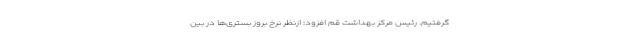
گرفتیم. رئیس مرکز بهداشت قم افزود: ازنظر نرخ بروز بستری‌ها در بین